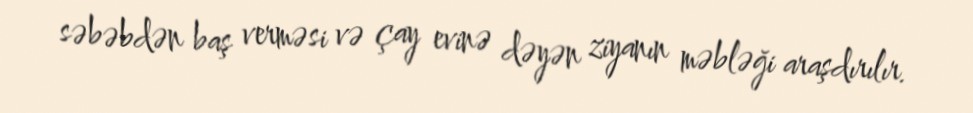
səbəbdən baş verməsi və çay evinə dəyən ziyanın məbləği araşdırılır.